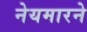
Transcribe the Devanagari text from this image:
नेयमारने